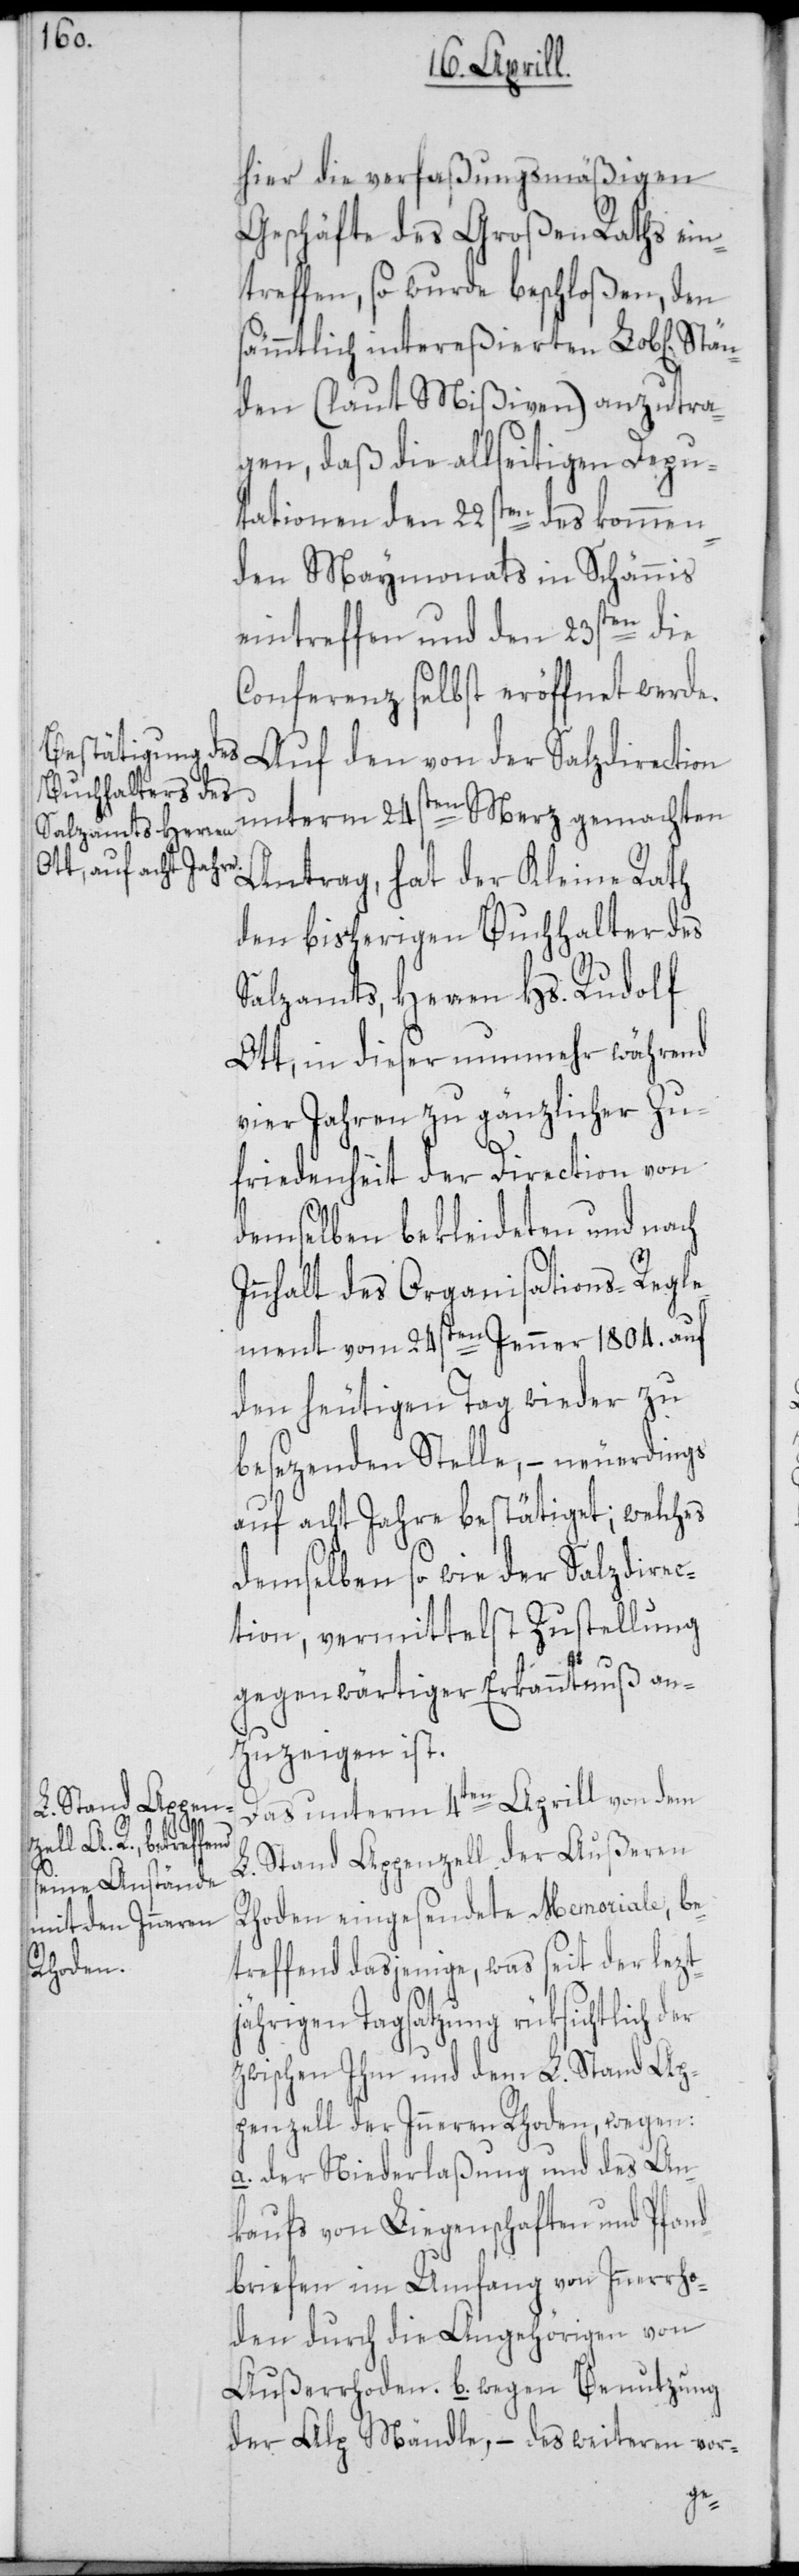
hier die verfaßungsmäßigen
Geschäfte des Großen Raths ein¬
treffen, so wurde beschloßen, den
sämmtlich intereßierten Lob[lichen]
den (laut Mißiven) anzutra¬
gen, daß die allseitigen Depu¬
tationen den 22sten des kommen¬
den Maymonats in Schännis
eintreffen und den 23sten die
Conferenz selbst eröffnet werde.
Auf den von der Salzdirection
unterm 24sten Merz gemachten
Antrag, hat der Kleine Rath
den bisherigen Buchhalter des
Salzamts, Herren Hs. Rudolf
Ott, in dieser nunmehr während
vier Jahren zu gänzlicher Zu¬
friedenheit der Direction von
demselben bekleideten und nach
nhalt des Organisations-Regle¬
ment vom 24sten Jenner 1804. auf
den heutigen Tag wieder zu
besezenden Stelle, – neuerdings
auf acht Jahre bestätiget; welches
demselben so wie der Salzdirec¬
tion, vermittelst Zustellung
gegenwärtiger Erkanntnuß an¬
zuzeigen ist.
Das unterm 4ten Aprill von dem
L. Stand Appenzell der Außeren
Rhoden eingesendete Memoriale, be¬
treffend dasjenige, was seit der lezt¬
jährigen Tagsatzung rüksichtlich der
zwischen Ihm und dem L. Stand Ap¬
penzell der Inneren Rhoden, wegen:
a. der Niederlaßung und des An¬
kaufs von Liegenschaften und Pfand¬
briefen im Umfang von Innerrho¬
den durch die Angehörigen von
Außerrhoden. b. wegen Benutzung
der Alp Mändle, – des weiteren vor-
In¬